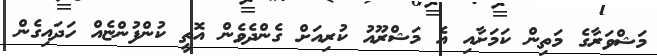
މަޝްވަރާގެ މަތިން ކަމަށާއި އެ މަޝްރޫއު ކުރިއަށް ގެންދެވެން އޮތީ ކުންފުންޏެއް ހަދައިގެން